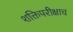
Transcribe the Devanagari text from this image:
शक्तिपरीक्षाच